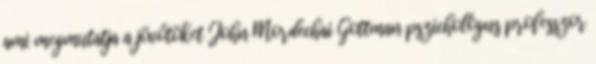
ami megmutatja a jövőtöket John Mordechai Gottman pszichológus professzor